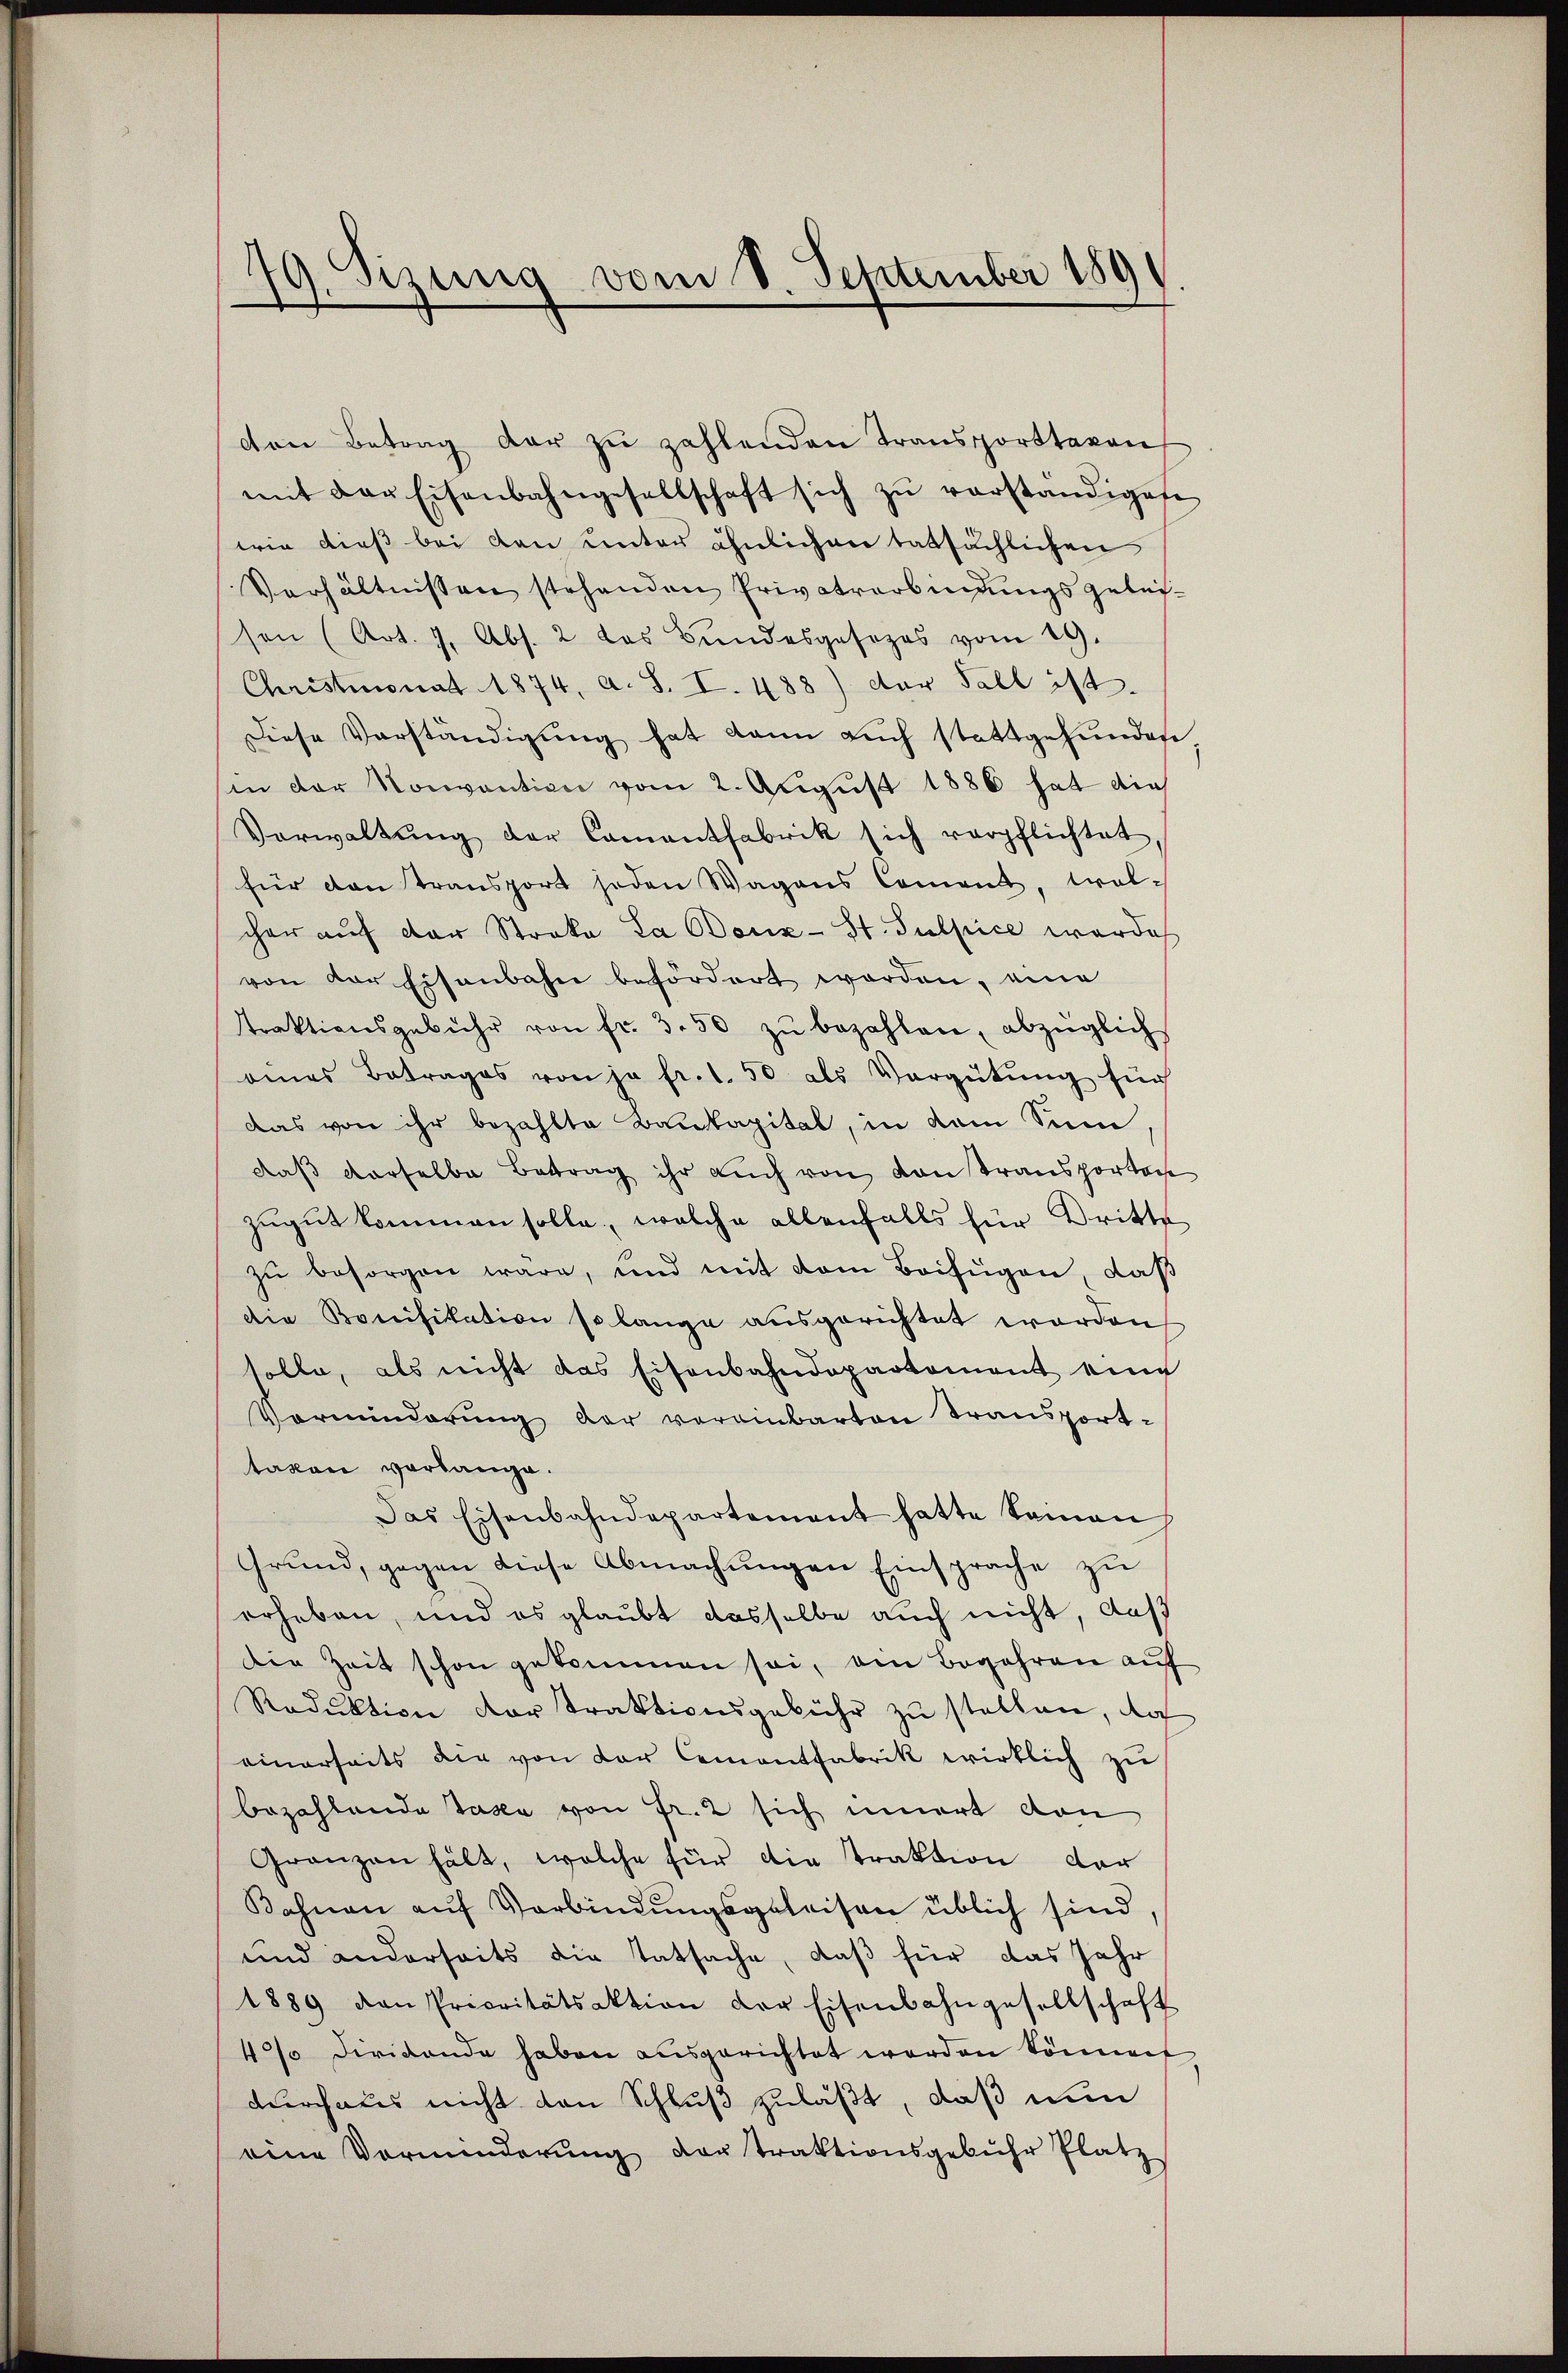
19. Sizung vom 8. September 189

den Betrag der zŭ zahlenden Transporttaren
mit der Eisenbahngesellschaft sich zŭ verständigen
wie dieß bei den unter ähnlichen tatsächlichen
Verhältnissen stehenden Privatverbindungsgeleison (Art. 7. Abs. 2 das Bundesgesezes vom 19.
Christmonat 1874, a. S. I. 488) der Fall ist.
Diese Verständigung hat dann auch stattgefunden
in der Konvention vom 2. August 1886 hat die
Verwaltŭng der Camantfabrik sich verpflichtet
für den transport soden Wagens Coment, wol-
cher auf der Stroka La Benz-St. Gulpice werde
von der Eisenbahn befördert worden, eine
ttraktionsgebühr von fr. 350 zŭ bezahlen, abzüglich
eines Betrages von ja fr. 1.50 als Vergütŭng für
das von ihr bezahlte Baukapital, in dem Sinn
daβ derselbe Betrag ihr auch von von Transportan
zugut kommen solle, welche allenfalls für Dritte
zŭ besorgen wäre, und mit dem Beifügen, daß
die Kreiifikation so lange ausgerichtet worden
tolle, als nicht das Eisenbahndepartement eine
Verminderŭng der vereinbarten Transport-
taxen verlange.
Das Eisenbahndepartement hatte keinen
Grund, gegen diese Abmachŭngen Einsprache zu
erheben, und es glaubt dasselbe auch nicht, daß
Die Zeit schon gekommen sei, am Begehren aŭf
Redŭktion der Traktionsgebühr zŭ stellen, doch
einerseits die von der Cementfabrik wirklich zu
bezahlende Taxe von Fr. 2 sich innert von
Granzen hält, welche für die Traktion der
Kahnen auf Verbindungsgeleisen üblich sind
und anderseits die Tatsache, daß für das Jahr
1889 den Prioritätsaktion der Eisenbahngesellschaft
4% dividende haben ausgerichtet werden könnent
durchaus nicht den Schluß zuläßt, daß nun
eine Vorminderŭng der traktionsgebühr Platz